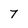
Character: 7